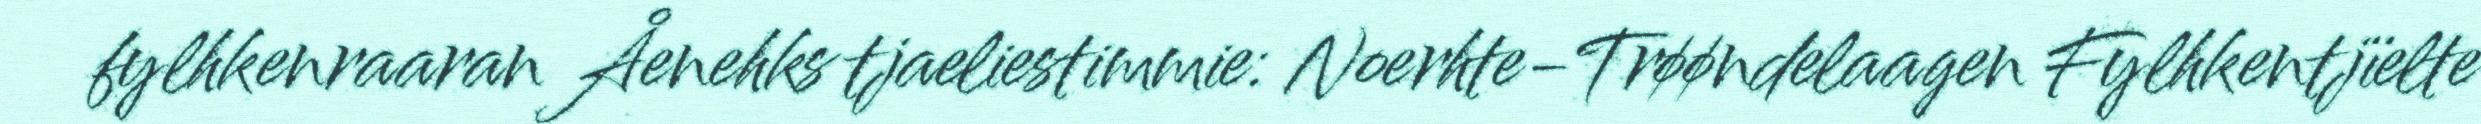
fylhkenraaran Åenehks tjaeliestimmie: Noerhte-Trøøndelaagen Fylhkentjïelte